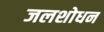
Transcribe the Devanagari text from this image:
जलशोधन